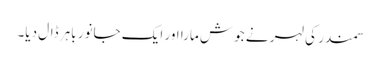
سمندر کی لہر نے جوش مارا اور ایک جانور باہر ڈال دیا۔